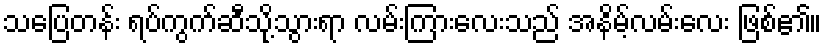
သပြေတန်း ရပ်ကွက်ဆီသို့သွားရာ လမ်းကြားလေးသည် အနိမ့်လမ်းလေး ဖြစ်၏။